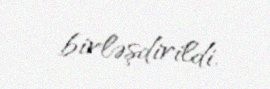
birləşdirildi.